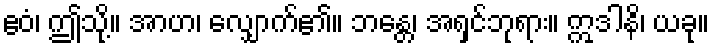
ဧဝံ၊ ဤသို့။ အာဟ၊ လျှောက်၏။ ဘန္တေ၊ အရှင်ဘုရား။ ဣဒါနိ၊ ယခု။